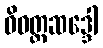
ဝိဝတ္တဆဒ္ဒေါ